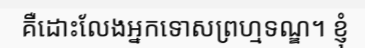
គឺដោះលែងអ្នកទោសព្រហ្មទណ្ឌ។ ខ្ញុំ